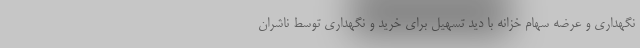
نگهداری و عرضه سهام خزانه با دید تسهیل برای خرید و نگهداری توسط ناشران